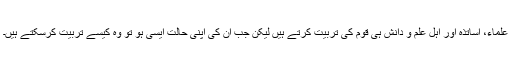
علماء، اساتذہ اور اہل علم و دانش ہی قوم کی تربیت کرتے ہیں لیکن جب اُن کی اپنی حالت ایسی ہو تو وہ کیسے تربیت کرسکتے ہیں۔